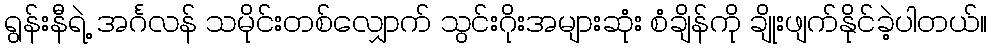
ရွန်းနီရဲ့ အင်္ဂလန် သမိုင်းတစ်လျှောက် သွင်းဂိုးအများဆုံး စံချိန်ကို ချိုးဖျက်နိုင်ခဲ့ပါတယ်။